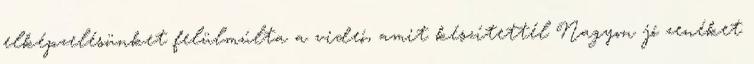
elképzelésünket felülmúlta a videó, amit készítettél Nagyon jó zenéket